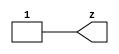
// This program was cloned from: https://github.com/siliconcompiler/lambdalib
// License: MIT License

//#############################################################################
//# Function: Tie High Cell                                                   #
//# Copyright: Lambda Project Authors. All rights Reserved.                   #
//# License:  MIT (see LICENSE file in Lambda repository)                     #
//#############################################################################

module la_tiehi #(
    parameter PROP = "DEFAULT"
) (
    output z
);

    assign z = 1'b1;

endmodule